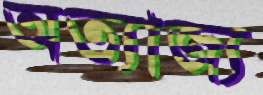
অত্যাজ্য